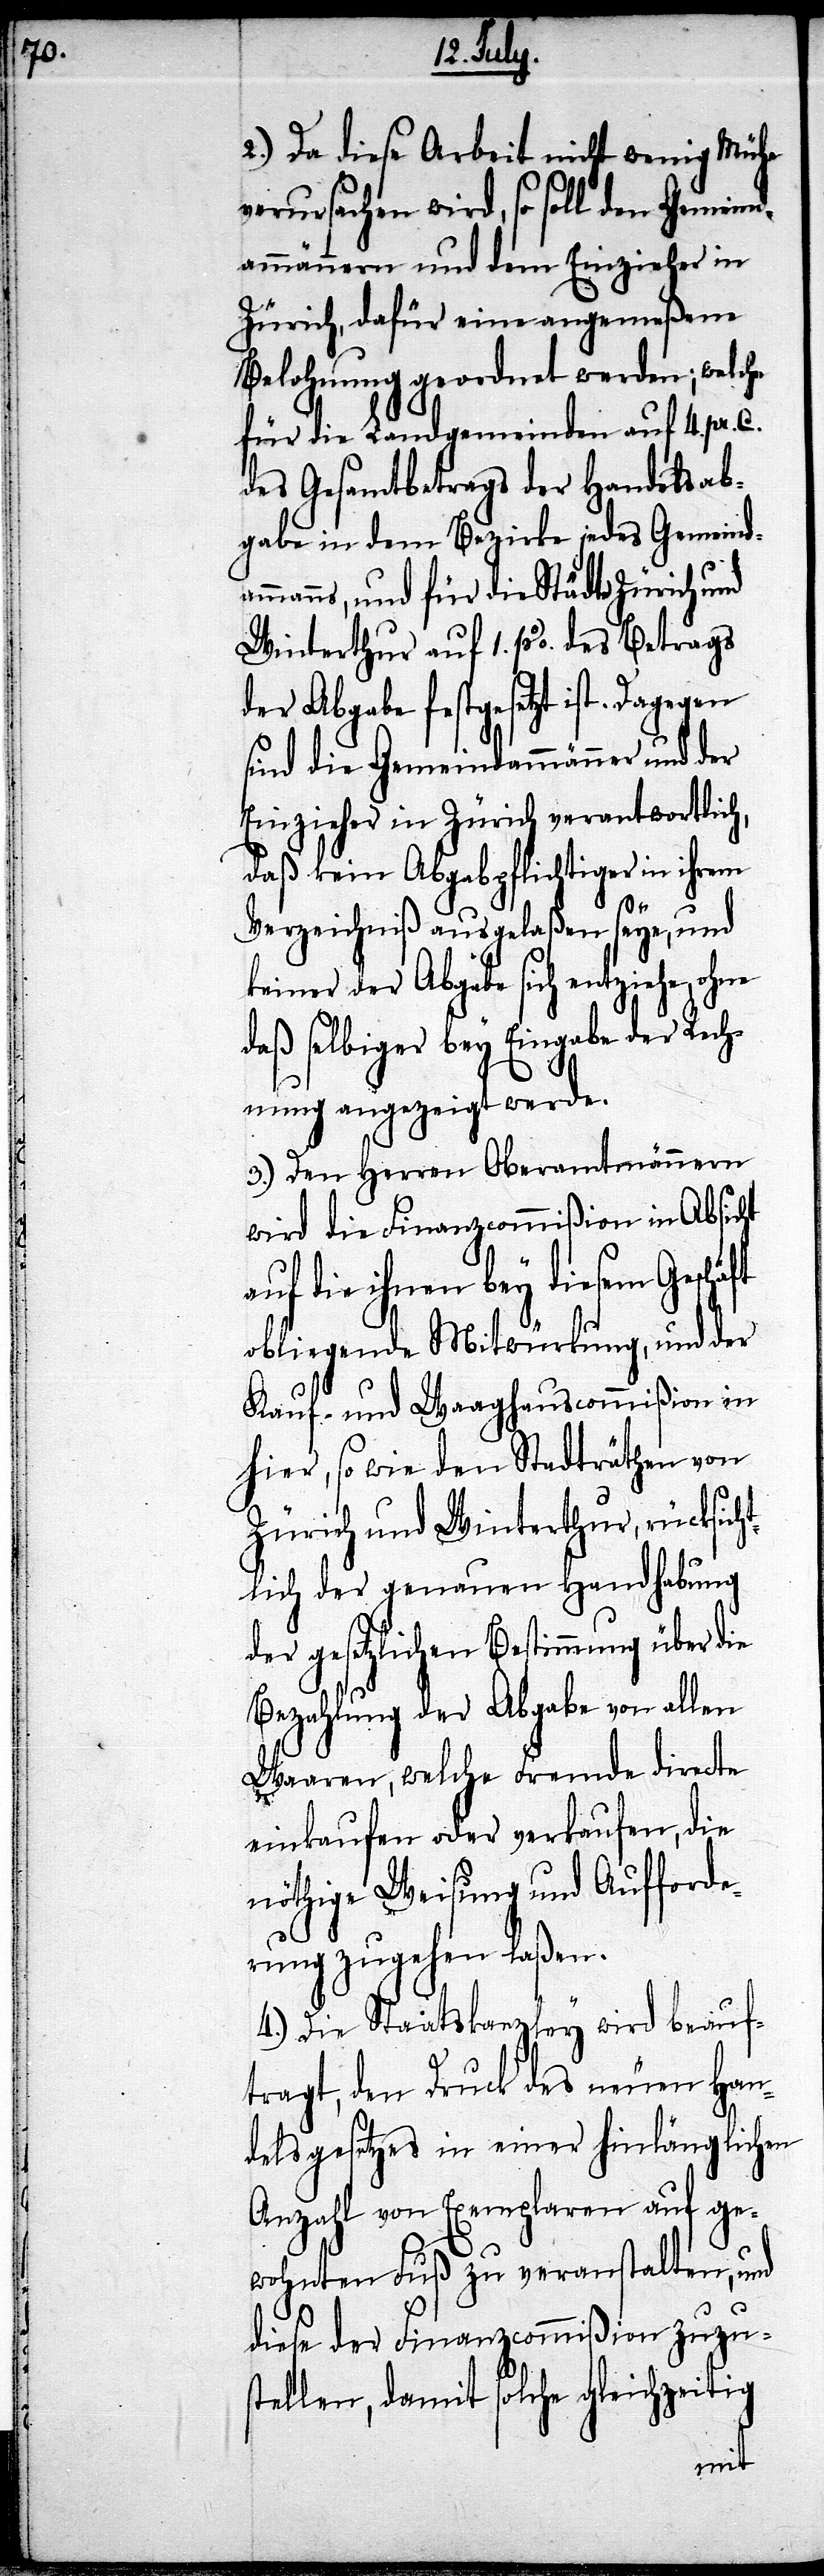
2.) Da diese Arbeit nicht wenig Mühe
verursachen wird, so soll den Gemeind¬
ammännern und dem Einzieher in
Zürich, dafür eine angemeßene
Belohnung geordnet werden; welche
für die Landgemeinde auf 4. pr. C.
des Gesamtbetrags der Handelsab¬
gabe in dem Bezirke jedes Gemeinda¬
mmanns, und für die Städte Zürich und
Winterthur auf 1. %. des Betrags
der Abgabe festgesetzt ist. Dagegen
sind die Gemeindammänner und der
Einzieher in Zürich verantwortlich,
daß kein Abgabepflichtiger in ihrem
Verzeichniß ausgelaßen seye, und
keiner der Abgabe sich entziehe,
daß selbiger bey Eingabe der Rech¬
nung angezeigt werde.
3.) Den Herren Oberamtmännern
wird die Finanzcommißion in Absicht
auf die ihnen bey diesem Geschäft
obliegende Mitwürkung, und der
Kauf- und Waaghauscommißion in
hier, so wie den Stadträthen von
Zürich und Winterthur, rücksich¬
tlich der genauen Handhabung
der gesetzlichen Bestimmung über die
Bezahlung der Abgabe von allen
Waaren, welche Fremde directe
einkaufen oder verkaufen, die
nöthige Weisung und Aufforde¬
rung zugehen laßen.
4.) Die Staatskanzley wird beauf¬
tragt, den Druck des neuen Han¬
delsgesetzes in einer hinlänglichen
Anzahl von Exemplaren auf ge¬
wohnten Fuß zu veranstalten, und
diese der Finanzcommißion zuzus¬
tellen, damit solche gleichzeitig